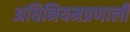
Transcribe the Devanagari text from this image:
अधिनियमप्रणाली